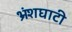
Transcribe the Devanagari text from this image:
भ्रंशघाटी